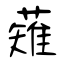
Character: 薙